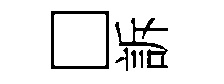
□訴